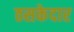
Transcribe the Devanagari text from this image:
ठसकेदार